Civil Veterinary Dept. Bombay admin report 1914-1922 - 1914-1922
Year: 1914
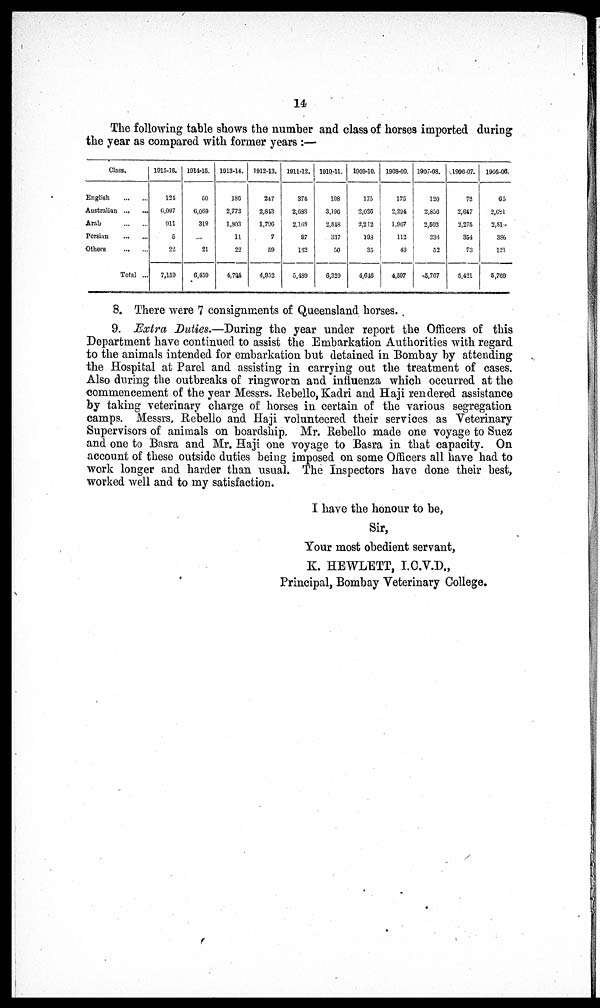
14
The following table shows the number and class of horses imported during
the year as compared with former years :—
Class.
English ... ...
Australian ... ...
Arab ... ...
Persian ... ...
Others ... ...
Total ...
1915-16.
124
6,097
911
5
22
7,159
1914-15.
50
6,069
319
...
21
6,459
1913-14.
186
2,772
1,803
11
22
4,794
1912-13.
247
2,843
1,796
7
59
4,952
1911-12.
374
2,688
2,163
97
162
5,489
1910-11.
198
3,196
2,548
337
50
6,329
1909-10.
175
2,026
2,212
193
35
4,646
1908-09.
175
2,294
1,967
112
49
4,597
1907-08.
120
2,856
2,503
236
52
5,767
1906-07.
72
2,647
2,275
354
73
5,421
1905-06.
65
2,681
2,513
386
121
5,769
8. There were 7 consignments of Queensland horses.
9. Extra Duties.—During the year under report the Officers of this
Department have continued to assist the Embarkation Authorities with regard
to the animals intended for embarkation but detained in Bombay by attending
the Hospital at Parel and assisting in carrying out the treatment of cases.
Also during the outbreaks of ringworm and influenza which occurred at the
commencement of the year Messrs. Rebello, Kadri and Haji rendered assistance
by taking veterinary charge of horses in certain of the various segregation
camps. Messrs, Rebello and Haji volunteered their services as Veterinary
Supervisors of animals on boardship. Mr. Rebello made one voyage to Suez
and one to Basra and Mr. Haji one voyage to Basra in that capacity. On
account of these outside duties being imposed on some Officers all have had to
work longer and harder than usual. The Inspectors have done their best,
worked well and to my satisfaction.
I have the honour to be,
Sir,
Your most obedient servant,
K. HEWLETT, I.C.V.D.,
Principal, Bombay Veterinary College.